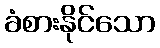
ခံစားနိုင်သော